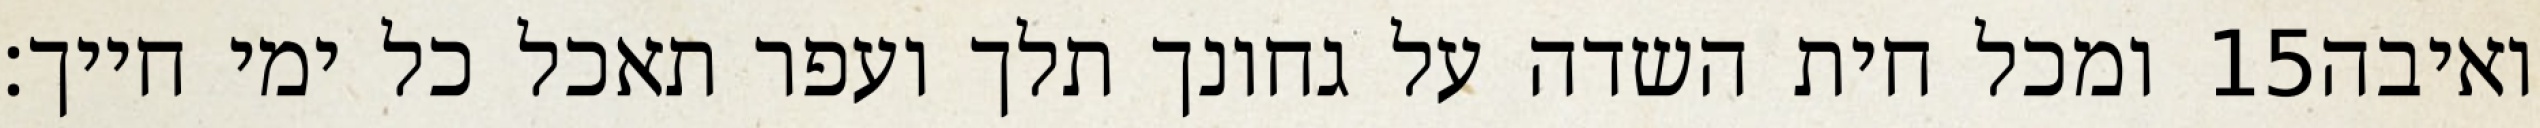
ומכל חית השדה על גחונך תלך ועפר תאכל כל ימי חייך׃ ‎15‏ ואיבה